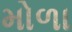
મોળા